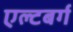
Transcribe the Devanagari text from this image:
एल्टबर्ग